Sanitation, dispensaries and jails vaccination Rajputana 1922-1927 - 1922-1927
Year: 1922
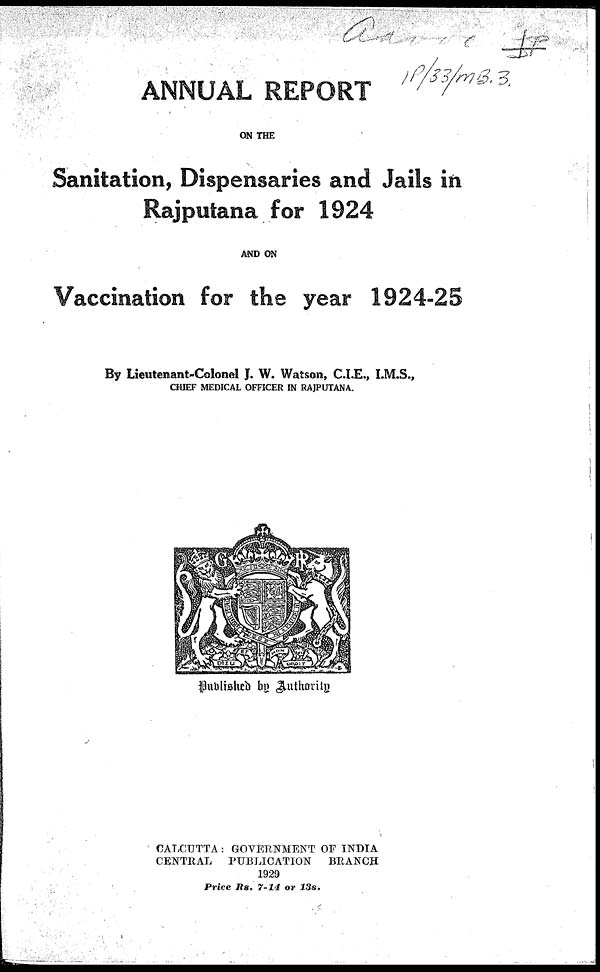
ANNUAL REPORT
ON THE
Sanitation, Dispensaries and Jails in
Rajputana for 1924
AND ON
Vaccination for the year 1924-25
By Lieutenant-Colonel J. W. Watson, C.I.E., I.M.S.,
CHIEF MEDICAL OFFICER IN RAJPUTANA.
Published by Authority
CALCUTTA: GOVERNMENT OF INDIA
CENTRAL
PUBLICATION
BRANCH
1929
Price Rs. 7-14 or 13s.